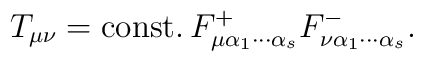
T_{\mu \nu }={\rm const.}\, F_{\mu \alpha _{1}\cdots \alpha _{s}}^{+}F_{\nu\alpha _{1}\cdots \alpha _{s}}^{-}.